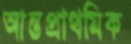
আন্তপ্রাথমিক